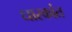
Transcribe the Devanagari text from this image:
धारकांत